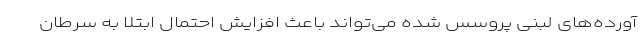
آورده‌های لبنی پروسس شده می‌تواند باعث افزایش احتمال ابتلا به سرطان